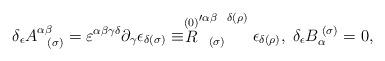
LaTeX: \begin{align*}\delta _{\epsilon }A_{\;\;\;(\sigma )}^{\alpha \beta }=\varepsilon ^{\alpha\beta \gamma \delta }\partial _{\gamma }\epsilon _{\delta (\sigma )}\equiv \stackrel{(0)}{R}_{\;\;\;(\sigma )}^{\prime \alpha \beta \;\;\;\delta (\rho)}\epsilon _{\delta (\rho )},\;\delta _{\epsilon }B_{\alpha }^{\;(\sigma)}=0, \end{align*}